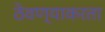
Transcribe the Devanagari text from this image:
ठेवण्याकरता